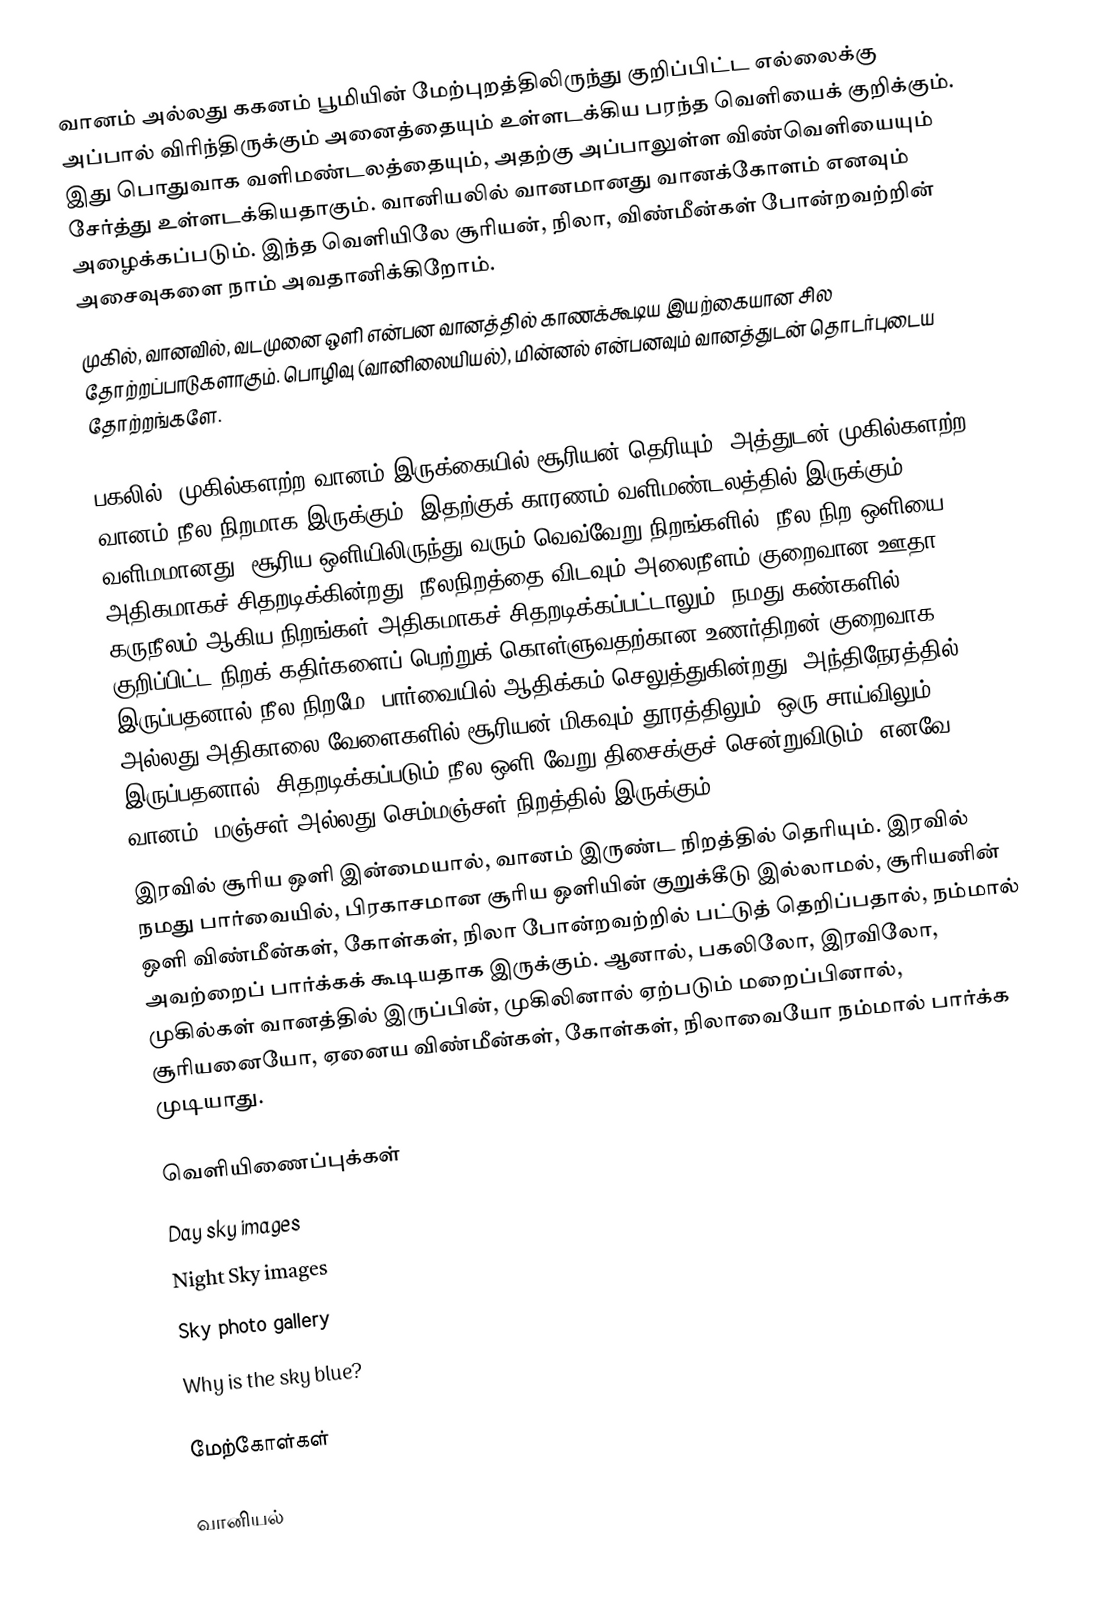
வானம் அல்லது ககனம் பூமியின் மேற்புறத்திலிருந்து குறிப்பிட்ட எல்லைக்கு அப்பால் விரிந்திருக்கும் அனைத்தையும் உள்ளடக்கிய பரந்த வெளியைக் குறிக்கும். இது பொதுவாக வளிமண்டலத்தையும், அதற்கு அப்பாலுள்ள விண்வெளியையும் சேர்த்து உள்ளடக்கியதாகும். வானியலில் வானமானது வானக்கோளம் எனவும் அழைக்கப்படும். இந்த வெளியிலே சூரியன், நிலா, விண்மீன்கள் போன்றவற்றின் அசைவுகளை நாம் அவதானிக்கிறோம்.
முகில், வானவில், வடமுனை ஒளி என்பன வானத்தில் காணக்கூடிய இயற்கையான சில தோற்றப்பாடுகளாகும். பொழிவு (வானிலையியல்), மின்னல் என்பனவும் வானத்துடன் தொடர்புடைய தோற்றங்களே.

பகலில், முகில்களற்ற வானம் இருக்கையில் சூரியன் தெரியும். அத்துடன் முகில்களற்ற வானம் நீல நிறமாக இருக்கும். இதற்குக் காரணம் வளிமண்டலத்தில் இருக்கும் வளிமமானது, சூரிய ஒளியிலிருந்து வரும் வெவ்வேறு நிறங்களில், நீல நிற ஒளியை அதிகமாகச் சிதறடிக்கின்றது. நீலநிறத்தை விடவும் அலைநீளம் குறைவான ஊதா, கருநீலம் ஆகிய நிறங்கள் அதிகமாகச் சிதறடிக்கப்பட்டாலும், நமது கண்களில், குறிப்பிட்ட நிறக் கதிர்களைப் பெற்றுக் கொள்ளுவதற்கான உணர்திறன் குறைவாக இருப்பதனால் நீல நிறமே, பார்வையில் ஆதிக்கம் செலுத்துகின்றது. அந்திநேரத்தில், அல்லது அதிகாலை வேளைகளில் சூரியன் மிகவும் தூரத்திலும், ஒரு சாய்விலும் இருப்பதனால், சிதறடிக்கப்படும் நீல ஒளி வேறு திசைக்குச் சென்றுவிடும். எனவே வானம், மஞ்சள் அல்லது செம்மஞ்சள் நிறத்தில் இருக்கும்.
இரவில் சூரிய ஒளி இன்மையால், வானம் இருண்ட நிறத்தில் தெரியும். இரவில் நமது பார்வையில், பிரகாசமான சூரிய ஒளியின் குறுக்கீடு இல்லாமல், சூரியனின் ஒளி விண்மீன்கள், கோள்கள், நிலா போன்றவற்றில் பட்டுத் தெறிப்பதால், நம்மால் அவற்றைப் பார்க்கக் கூடியதாக இருக்கும். ஆனால், பகலிலோ, இரவிலோ, முகில்கள் வானத்தில் இருப்பின், முகிலினால் ஏற்படும் மறைப்பினால், சூரியனையோ, ஏனைய விண்மீன்கள், கோள்கள், நிலாவையோ நம்மால் பார்க்க முடியாது.

வெளியிணைப்புக்கள்
 Day sky images
 Night Sky images
 Sky photo gallery
 Why is the sky blue?

மேற்கோள்கள்

வானியல்